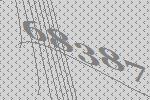
68387